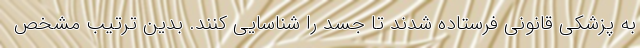
به پزشکی قانونی فرستاده شدند تا جسد را شناسایی کنند. بدین ترتیب مشخص